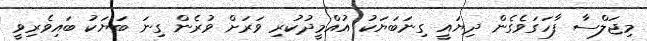
މިޖަލްސާ ފާހަަގަވެގެން ދިޔައީ ގިނަބަޔަކު އުއްމީދުކުރި ވަރަށް ވުރެން ގިނަ ބަޔަކު ބައިވެރިވީ